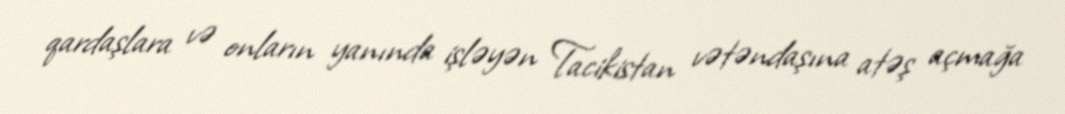
qardaşlara və onların yanında işləyən Tacikistan vətəndaşına atəş açmağa